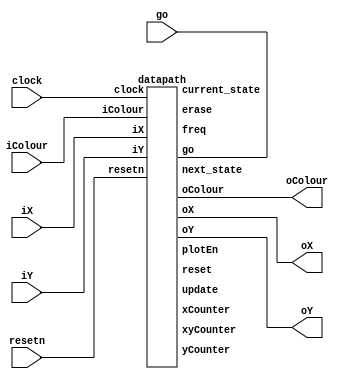
module VGA (resetn, go, clock, iX, iY, iColour, oX, oY, oColour);

    input wire [2:0] iColour;
    input wire resetn, clock;

    input wire [7:0] iX;
    input wire [6:0] iY;
    input wire go;

    output wire [7:0] oX;
    output wire [6:0] oY;

    output wire [2:0] oColour;

    // instantiate the module
    wire erase, plotEn, update, reset;

    wire [2:0] current_state, next_state;

    // for boxes
    wire [7:0] xCounter;
    wire [6:0] yCounter;
    wire [3:0] xyCounter;
    wire [25:0] freq;

    control c1 (.clock(clock), .resetn(resetn), .colour(iColour), .current_state(current_state), .xyCounter(xyCounter),
	 .next_state(next_state), .freq(freq), .go(go), .update(update), .reset(reset), .erase(erase), .plotEn(plotEn));

    counter c0(.clock(clock), .resetn(resetn), .enable(plotEn), .count(xyCounter));

    datapath data(.clock(clock), .resetn(resetn), .iX(iX), .iY(iY), .oX(oX), .oY(oY), .freq(freq), .iColour(iColour), .oColour(oColour),
	 .xCounter(xCounter), .yCounter(yCounter), .xyCounter(xyCounter), .go(go), .update(update), .reset(reset), .erase(erase), .plotEn(plotEn),
	 .current_state(current_state), .next_state(next_state) );

endmodule


module control(clock, resetn, colour, xyCounter, current_state, next_state, freq, go, update, reset, erase, plotEn);
    
    input clock, resetn;
    input [2:0] colour;
    input wire [3:0] xyCounter;
    input wire [25:0] freq;

    output reg [2:0] current_state, next_state;
    output reg go, update, reset, erase, plotEn;

    localparam RESET = 3'd0,
                DRAW = 3'd1,
                WAIT = 3'd2,
                ERASE = 3'd3,
                DONE = 3'd4;

    always @ (*) begin : state_table
        case(current_state)
            RESET: begin
                next_state = DRAW;
            end
            DRAW: begin
                if (xyCounter <= 4'b1111)
                    next_state = DRAW;
                else
                    next_state = WAIT;
            end
            WAIT: begin
                if (freq < 26'd12499999)
                    next_state = WAIT;
                else
                    next_state = ERASE;
            end
            ERASE: begin
                if (xyCounter <= 4'b1111)
                    next_state = ERASE;
                else
                    next_state = DONE;
            end
            DONE: begin
                next_state = RESET;
            end
        endcase
    end

    // control signals
    always @(*) begin : enable_signals
        go = 1'b0;
        update = 1'b0;
        reset = 1'b0;
        erase = 1'b0;
        plotEn = 1'b0;

        case(current_state)
            RESET: reset = 1'b1;
            DRAW: begin
                go = 1'b1;
                // erase = 1'b0;
                plotEn = 1'b1;
            end
            ERASE: begin
                go = 1'b1;
                erase = 1'b1;
                // plotEn = 1'b1;
            end
            DONE : begin
                update = 1'b1;
            end
        endcase
    end

    always @(posedge clock) begin
        if (!resetn)
            current_state <= RESET;
        else
            current_state <= next_state;
    end

endmodule


module datapath( clock, resetn, iX, iY, oX, oY, freq, xCounter, yCounter, xyCounter, iColour, oColour, go, update, reset, erase, plotEn, current_state, next_state); // oDone, 

    input wire [7:0] iX;
    input wire [6:0] iY;
    input clock, resetn;
	 
    input [2:0] iColour;
    output reg [2:0] current_state, next_state;

    output reg go, update, reset, erase, plotEn;
    output reg [7:0] xCounter;
    output reg [6:0] yCounter;
    output reg [3:0] xyCounter;
    output reg [25:0] freq;
	 
    output reg [7:0] oX;
    output reg [6:0] oY;
    output reg [2:0] oColour;

    reg [7:0] x;
    reg [6:0] y;
    reg [2:0] colour;

    always @(posedge clock) begin
	if (!resetn) begin
            x <= 8'd0;
            y <= 7'd0;
            colour <= 3'd0;
	end
	else if (plotEn) begin
	    colour <= iColour;
	end
	else if (erase) begin
	    colour <= 3'd0;
	end
    end

    // output result register
    always @(posedge clock) begin
        if (!resetn) begin
            oX <= 8'd0;
            oY <= 7'd0;
            oColour <= 3'd0;
        end
        else begin
            if (plotEn) begin
                // oPlot <= 1'b1;
                oX <= x + xyCounter[1:0];
                oY <= y + xyCounter[3:2];
                oColour <= colour;
            end
            if (freq == 26'd12499999)
                freq <= 26'd0;
            else
                freq <= freq + 1;
            if (erase) begin // drawing another box
                oX <= x + xyCounter[1:0];
                oY <= y + xyCounter[3:2];
                oColour <= 3'b000; // black
            end
        end
    end

endmodule


module counter(clock, resetn, enable, count);

    input wire clock, resetn, enable;
    output reg [3:0] count;

    always @(posedge clock) begin
        if (!resetn)
            count <= 4'b0;
        if (enable) begin
            if (count == 4'b1111)
                count <= 4'b0;
            else
                count <= count + 1;
		  end
        else
            count <= 4'b0;
    end

endmodule